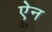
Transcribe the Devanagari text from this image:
एेन